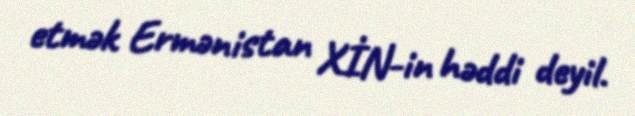
etmək Ermənistan XİN-in həddi deyil.